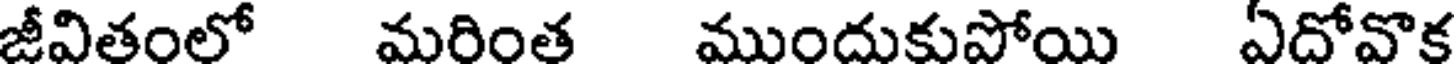
జీవితంలో మరింత ముందుకుపోయి ఏదోవొక